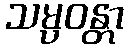
သမ္ပဝန္တာ